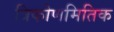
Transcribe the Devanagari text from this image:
त्रिकोणमितिक